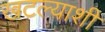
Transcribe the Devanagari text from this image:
खटल्याशी